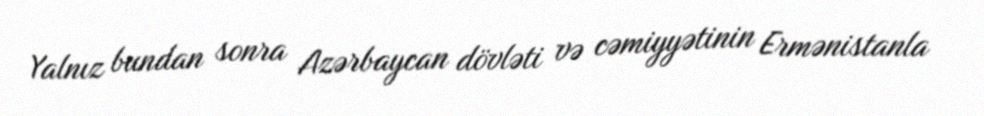
Yalnız bundan sonra Azərbaycan dövləti və cəmiyyətinin Ermənistanla